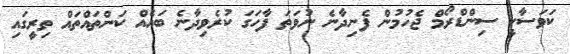
ކަވަސާކީ ސިންޑްރޯމް ޖެހުމުން ފެނިދާނެ ނުވަތަ ފާހަގަ ކުރެވިދާނެ ބައެއް ކަންތައްތައް ތިރީގައި